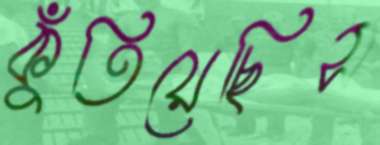
কুঁতিয়েছিস